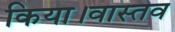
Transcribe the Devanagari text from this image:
किया।वास्तव